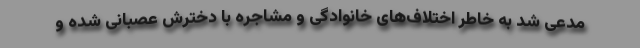
مدعی شد به خاطر اختلاف‌های خانوادگی و مشاجره با دخترش عصبانی شده و